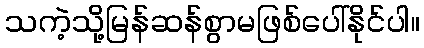
သကဲ့သို့မြန်ဆန်စွာမဖြစ်ပေါ်နိုင်ပါ။